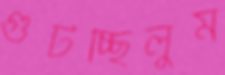
গুটচ্ছিলুম